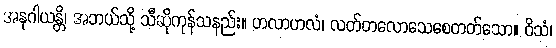
အနုဂါယန္တိ၊ အဘယ်သို့ သီဆိုကုန်သနည်း။ ဟလာဟလံ၊ လတ်တလောသေစေတတ်သော။ ဝိသံ၊